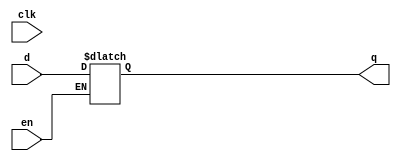
// This program was cloned from: https://github.com/chipsalliance/yosys-f4pga-plugins
// License: Apache License 2.0

// Copyright 2020-2022 F4PGA Authors
//
// Licensed under the Apache License, Version 2.0 (the "License");
// you may not use this file except in compliance with the License.
// You may obtain a copy of the License at
//
//     http://www.apache.org/licenses/LICENSE-2.0
//
// Unless required by applicable law or agreed to in writing, software
// distributed under the License is distributed on an "AS IS" BASIS,
// WITHOUT WARRANTIES OR CONDITIONS OF ANY KIND, either express or implied.
// See the License for the specific language governing permissions and
// limitations under the License.
//
// SPDX-License-Identifier: Apache-2.0

module latchp (
    input d,
    clk,
    en,
    output reg q
);
  initial q <= 1'b0;
  always @* if (en) q <= d;
endmodule

module latchn (
    input d,
    clk,
    en,
    output reg q
);
  always @* if (!en) q <= d;
endmodule

module my_latchsre (
    input d,
    clk,
    en,
    clr,
    pre,
    output reg q
);
  always @*
    if (clr) q <= 1'b0;
    else if (pre) q <= 1'b1;
    else if (en) q <= d;
endmodule

module latchp_noinit (
    input d,
    clk,
    en,
    output reg q
);
  always @* if (en) q <= d;
endmodule